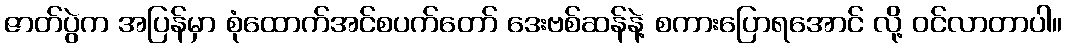
ဇာတ်ပွဲက အပြန်မှာ စုံထောက်အင်စပက်တော် ဒေးဗစ်ဆန်နဲ့ စကားပြောရအောင် လို့ ဝင်လာတာပါ။